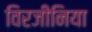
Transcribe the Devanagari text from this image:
विरजीनिया